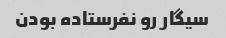
سیگار رو نفرستاده بودن